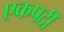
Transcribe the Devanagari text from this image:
एकपदीं